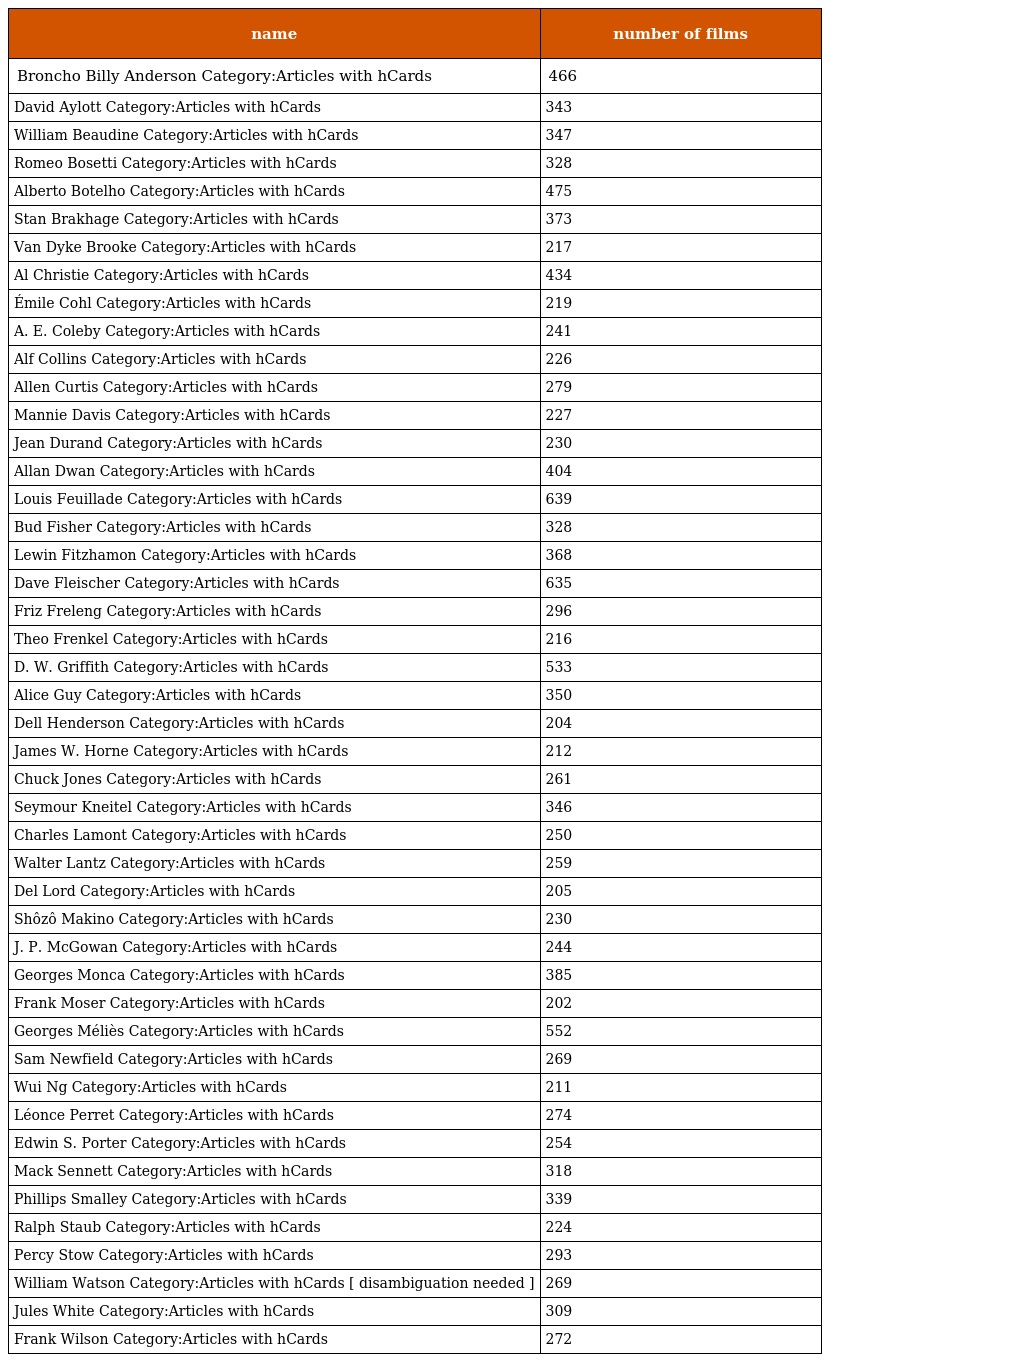
| name | number of films |
 | --- | --- |
 | Broncho Billy Anderson Category:Articles with hCards | 466 |
 | David Aylott Category:Articles with hCards | 343 |
 | William Beaudine Category:Articles with hCards | 347 |
 | Romeo Bosetti Category:Articles with hCards | 328 |
 | Alberto Botelho Category:Articles with hCards | 475 |
 | Stan Brakhage Category:Articles with hCards | 373 |
 | Van Dyke Brooke Category:Articles with hCards | 217 |
 | Al Christie Category:Articles with hCards | 434 |
 | Émile Cohl Category:Articles with hCards | 219 |
 | A. E. Coleby Category:Articles with hCards | 241 |
 | Alf Collins Category:Articles with hCards | 226 |
 | Allen Curtis Category:Articles with hCards | 279 |
 | Mannie Davis Category:Articles with hCards | 227 |
 | Jean Durand Category:Articles with hCards | 230 |
 | Allan Dwan Category:Articles with hCards | 404 |
 | Louis Feuillade Category:Articles with hCards | 639 |
 | Bud Fisher Category:Articles with hCards | 328 |
 | Lewin Fitzhamon Category:Articles with hCards | 368 |
 | Dave Fleischer Category:Articles with hCards | 635 |
 | Friz Freleng Category:Articles with hCards | 296 |
 | Theo Frenkel Category:Articles with hCards | 216 |
 | D. W. Griffith Category:Articles with hCards | 533 |
 | Alice Guy Category:Articles with hCards | 350 |
 | Dell Henderson Category:Articles with hCards | 204 |
 | James W. Horne Category:Articles with hCards | 212 |
 | Chuck Jones Category:Articles with hCards | 261 |
 | Seymour Kneitel Category:Articles with hCards | 346 |
 | Charles Lamont Category:Articles with hCards | 250 |
 | Walter Lantz Category:Articles with hCards | 259 |
 | Del Lord Category:Articles with hCards | 205 |
 | Shôzô Makino Category:Articles with hCards | 230 |
 | J. P. McGowan Category:Articles with hCards | 244 |
 | Georges Monca Category:Articles with hCards | 385 |
 | Frank Moser Category:Articles with hCards | 202 |
 | Georges Méliès Category:Articles with hCards | 552 |
 | Sam Newfield Category:Articles with hCards | 269 |
 | Wui Ng Category:Articles with hCards | 211 |
 | Léonce Perret Category:Articles with hCards | 274 |
 | Edwin S. Porter Category:Articles with hCards | 254 |
 | Mack Sennett Category:Articles with hCards | 318 |
 | Phillips Smalley Category:Articles with hCards | 339 |
 | Ralph Staub Category:Articles with hCards | 224 |
 | Percy Stow Category:Articles with hCards | 293 |
 | William Watson Category:Articles with hCards [ disambiguation needed ] | 269 |
 | Jules White Category:Articles with hCards | 309 |
 | Frank Wilson Category:Articles with hCards | 272 |